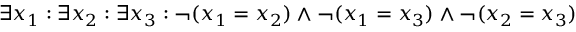
\exists x _ { 1 } : \exists x _ { 2 } : \exists x _ { 3 } : \lnot ( x _ { 1 } = x _ { 2 } ) \land \lnot ( x _ { 1 } = x _ { 3 } ) \land \lnot ( x _ { 2 } = x _ { 3 } )